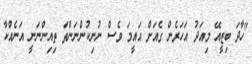
"ހާދަ ބިޒީއޭ މިއަދު އަހަރެން ގެއަށް އައީމަ ވެސް ނުނިކުންނަންތަ ތިއިންނަނީ އަނެއްކާ